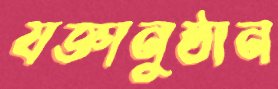
যজ্ঞানুষ্ঠান